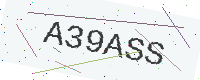
Text: A39ASS